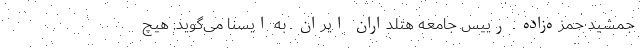
جمشید حمزه‌زاده ـ رییس جامعه هتلداران ایران ـ به ایسنا می‌گوید: هیچ